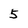
Character: 5